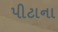
પીટાના